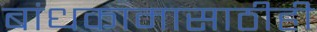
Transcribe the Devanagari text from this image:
बांधकामासाठीही